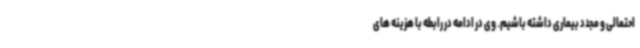
احتمالی و مجدد بیماری داشته باشیم. وی در ادامه در رابطه با هزینه های